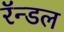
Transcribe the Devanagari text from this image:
रॅन्डल